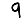
Digit: 9